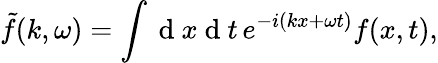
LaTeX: \tilde{f}(k,\omega)=\int\mathrm{~d~}x\mathrm{~d~}t\, e^{-i(kx+\omega t)}f(x,t),